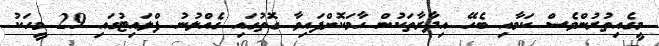
މީގެއިތުރުންވެސް ކަމާއި ބެހޭ އިދާރާތަކުން ހާމަކޮށްފައިވާ ގޮތުގައި ގެއްލުނު ފްލައިޓުގައި 29 މީހަކު